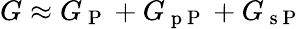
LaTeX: G\approx G_{\mathrm{~P~}}+G_{\mathrm{~p~P~}}+G_{\mathrm{~s~P~}}